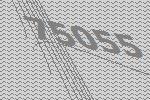
75055